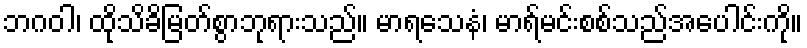
ဘဂဝါ၊ ထိုသိခိမြတ်စွာဘုရားသည်။ မာရသေနံ၊ မာရ်မင်းစစ်သည်အပေါင်းကို။